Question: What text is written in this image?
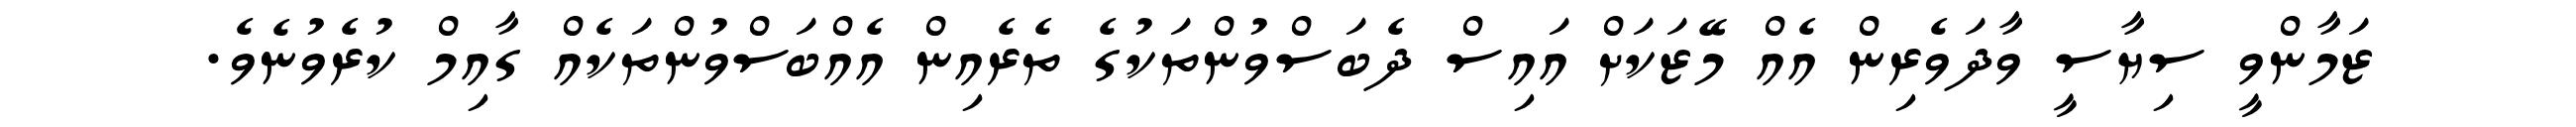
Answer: ޒަމާންވީ ސިޔާސީ ވާދަވެރިން އެއް މޭޒަކަށް އައިސް ދެބަސްވުންތަކުގެ ތެރެއިން އެއްބަސްވުންތަކެއް ގާއިމް ކުރެވުނެވެ.